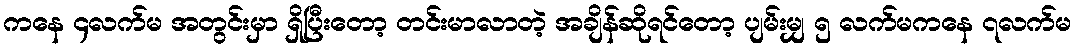
ကနေ ၄လက်မ အတွင်းမှာ ရှိပြီးတော့ တင်းမာလာတဲ့ အချိန်ဆိုရင်တော့ ပျမ်းမျှ ၅ လက်မကနေ ၇လက်မ